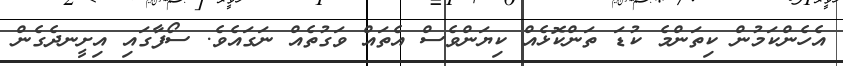
އެހެންކަމުން ކިތަންމެ ކުޑަ ތަންކޮޅެއް ކިޔަންވެސް އެތައް ވަގުތެއް ނަގައެވެ. ސޯފާގައި އިށީނދެގެން